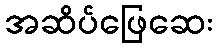
အဆိပ်ဖြေဆေး